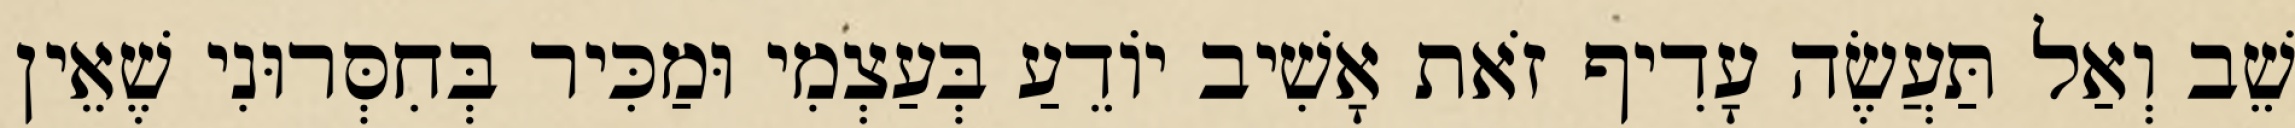
שֵׁב וְאַל תַּעֲשֶׂה עָדִיף זֹאת אָשִׁיב יוֹדֵעַ בְּעַצְמִי וּמַכִּיר בְּחִסְּרוּנִי שֶׁאֵין